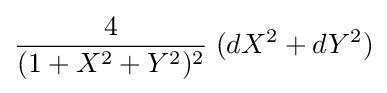
{\frac {4}{(1+X^{2}+Y^{2})^{2}}}\;(dX^{2}+dY^{2})